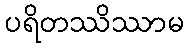
ပရိတဿိဿာမ